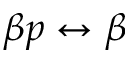
\beta p \leftrightarrow \beta